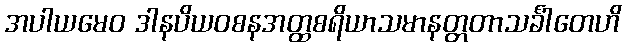
အပါယမေဝ ဒါနပိယဝစနအတ္ထစရိယာသမာနတ္တတာသင်္ခါတေဟိ